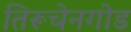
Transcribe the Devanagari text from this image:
तिरूचेनगोड